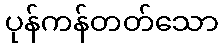
ပုန်ကန်တတ်သော